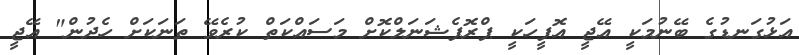
އަޅުގަނޑުގެ ބޭނުމަކީ އޭޖީ އޮފީހަކީ ޕްރޮފެޝަނަލްކޮށް މަސައްކަތް ކުރެވޭ ތަނަކަށް ހެދުން" އޭޖީ